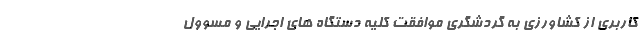
کاربری از کشاورزی به گردشگری موافقت کلیه دستگاه های اجرایی و مسوول